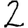
Digit: 2